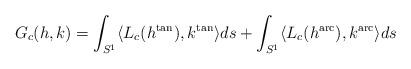
LaTeX: \begin{align*}G_c(h,k) &= \int_{S^1} \langle L_c (h^{\operatorname{tan}}),k^{\operatorname{tan}} \rangle ds+ \int_{S^1} \langle L_c (h^{\operatorname{arc}}),k^{\operatorname{arc}} \rangle ds\end{align*}